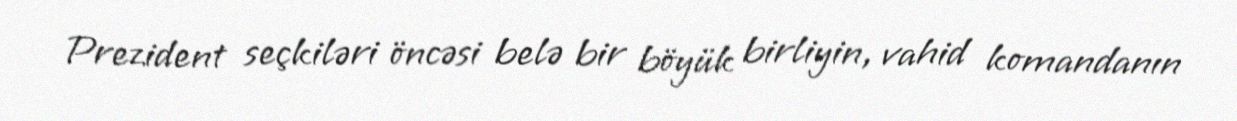
Prezident seçkiləri öncəsi belə bir böyük birliyin, vahid komandanın